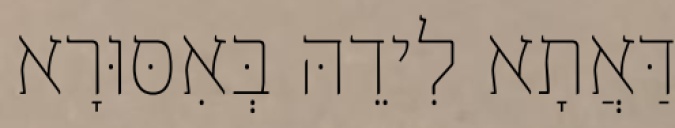
דַּאֲתָא לִידֵהּ בְּאִסּוּרָא